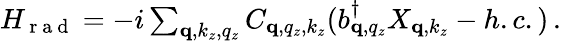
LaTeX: \begin{array}{r}{H_{\mathrm{~r~a~d~}}=-i\sum_{\mathbf q,k_{z},q_{z}}C_{\mathbf q,q_{z},k_{z}}(b_{\mathbf q,q_{z}}^{\dagger}X_{\mathbf q,k_{z}}-h.c.)\, .}\end{array}